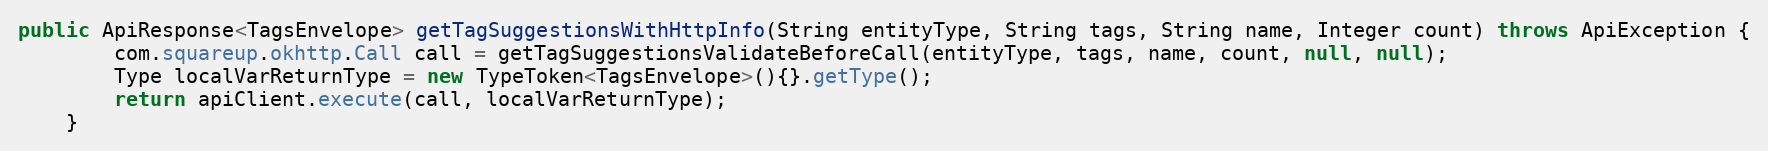
Language: Java
public ApiResponse<TagsEnvelope> getTagSuggestionsWithHttpInfo(String entityType, String tags, String name, Integer count) throws ApiException {
        com.squareup.okhttp.Call call = getTagSuggestionsValidateBeforeCall(entityType, tags, name, count, null, null);
        Type localVarReturnType = new TypeToken<TagsEnvelope>(){}.getType();
        return apiClient.execute(call, localVarReturnType);
    }